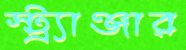
স্ট্র্যাঞ্জার